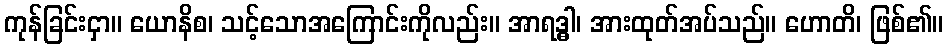
ကုန်ခြင်းငှာ။ ယောနိစ၊ သင့်သောအကြောင်းကိုလည်း။ အာရဒ္ဓါ၊ အားထုတ်အပ်သည်။ ဟောတိ၊ ဖြစ်၏။